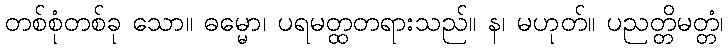
တစ်စုံတစ်ခု သော။ ဓမ္မော၊ ပရမတ္ထတရားသည်။ န၊ မဟုတ်။ ပညတ္တိမတ္တံ၊